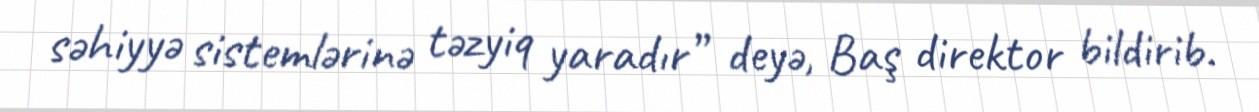
səhiyyə sistemlərinə təzyiq yaradır” deyə, Baş direktor bildirib.